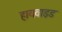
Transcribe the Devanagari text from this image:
हायवाइड